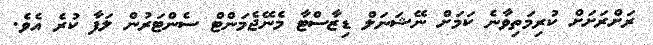
ރަށްރަށަށް ކުރިމަތިވާނެ ކަމަށް ނޭޝަނަލް ޑިޒާސްޓާ މެނޭޖެމަންޓް ސެންޓަރުން ލަފާ ކުރެ އެވެ.